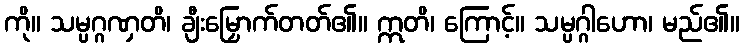
ကို။ သမ္ပဂ္ဂဏှတိ၊ ချီးမြှောက်တတ်၏။ ဣတိ၊ ကြောင့်။ သမ္ပဂ္ဂါဟော၊ မည်၏။